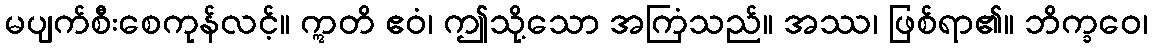
မပျက်စီးစေကုန်လင့်။ ဣတိ ဧဝံ၊ ဤသို့သော အကြံသည်။ အဿ၊ ဖြစ်ရာ၏။ ဘိက္ခဝေ၊